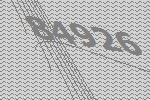
84926